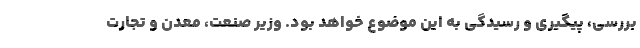
بررسی، پیگیری و رسیدگی به این موضوع خواهد بود. وزیر صنعت، معدن و تجارت